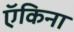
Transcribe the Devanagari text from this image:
ऍकिना